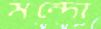
মন্দো